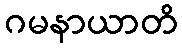
ဂမနာယာတိ